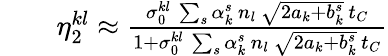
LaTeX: \begin{array}{rlr}&{}&{\eta_{2}^{kl}\approx\frac{\sigma_{0}^{kl}\, \sum_{s}\alpha_{k}^{s}\, n_{l}\, \sqrt{2a_{k}+b_{k}^{s}}\, t_{C}}{1+\sigma_{0}^{kl}\, \sum_{s}\alpha_{k}^{s}\, n_{l}\, \sqrt{2a_{k}+b_{k}^{s}}\, t_{C}}}\end{array}